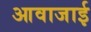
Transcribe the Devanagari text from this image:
आवाजाई